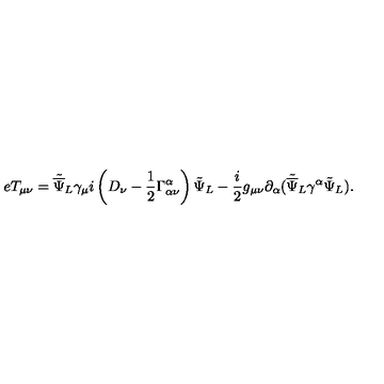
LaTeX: e T _ { \mu \nu } = { \tilde { \overline { \Psi } } _ { L } } { \gamma _ { \mu } } i \left( D _ { \nu } - \frac { 1 } { 2 } \Gamma _ { \alpha \nu } ^ { \alpha } \right) { \tilde { \Psi } } _ { L } - \frac { i } { 2 } g _ { \mu \nu } \partial _ { \alpha } ( { \tilde { \overline { \Psi } } } _ { L } \gamma ^ { \alpha } { \tilde { \Psi } _ { L } } ) . \nonumber \,